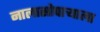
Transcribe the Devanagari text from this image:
नालासोपाऱ्याला